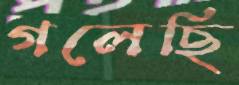
গলেছি